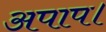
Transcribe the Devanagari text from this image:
अपाप।